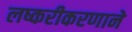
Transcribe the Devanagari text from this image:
लष्करीकरणाने